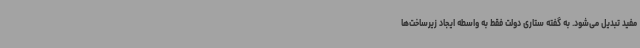
مفید تبدیل می‌شود. به گفته ستاری دولت فقط به واسطه ایجاد زیرساخت‌ها